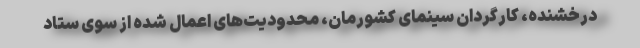
درخشنده، کارگردان سینمای کشورمان، محدودیت‌های اعمال شده از سوی ستاد